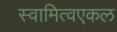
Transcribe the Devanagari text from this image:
स्वामित्वएकल